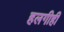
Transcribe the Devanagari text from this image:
हलगीही